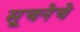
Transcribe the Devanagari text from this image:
सूचनेचे